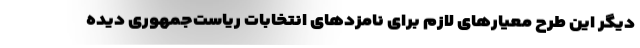
دیگر این طرح معیار‌های لازم برای نامزد‌های انتخابات ریاست‌جمهوری دیده